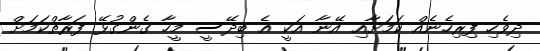
ދިވެހި ފިރިހެނެއް ކަމަށާއި އޭނާ އަކީ އެ ބިދޭސީ މީހާ ގެންގުޅޭ ފަރާތްކަމަށް